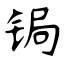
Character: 锔